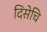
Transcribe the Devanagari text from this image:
दिसेचि